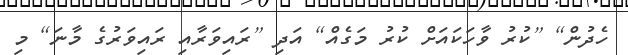
ހެދުން] [ކުރު ވާހަކައަށް ކުރު މަގެއް] އަދި [ރައިވަރާއި ރައިވަރުގެ މާނަ] މި